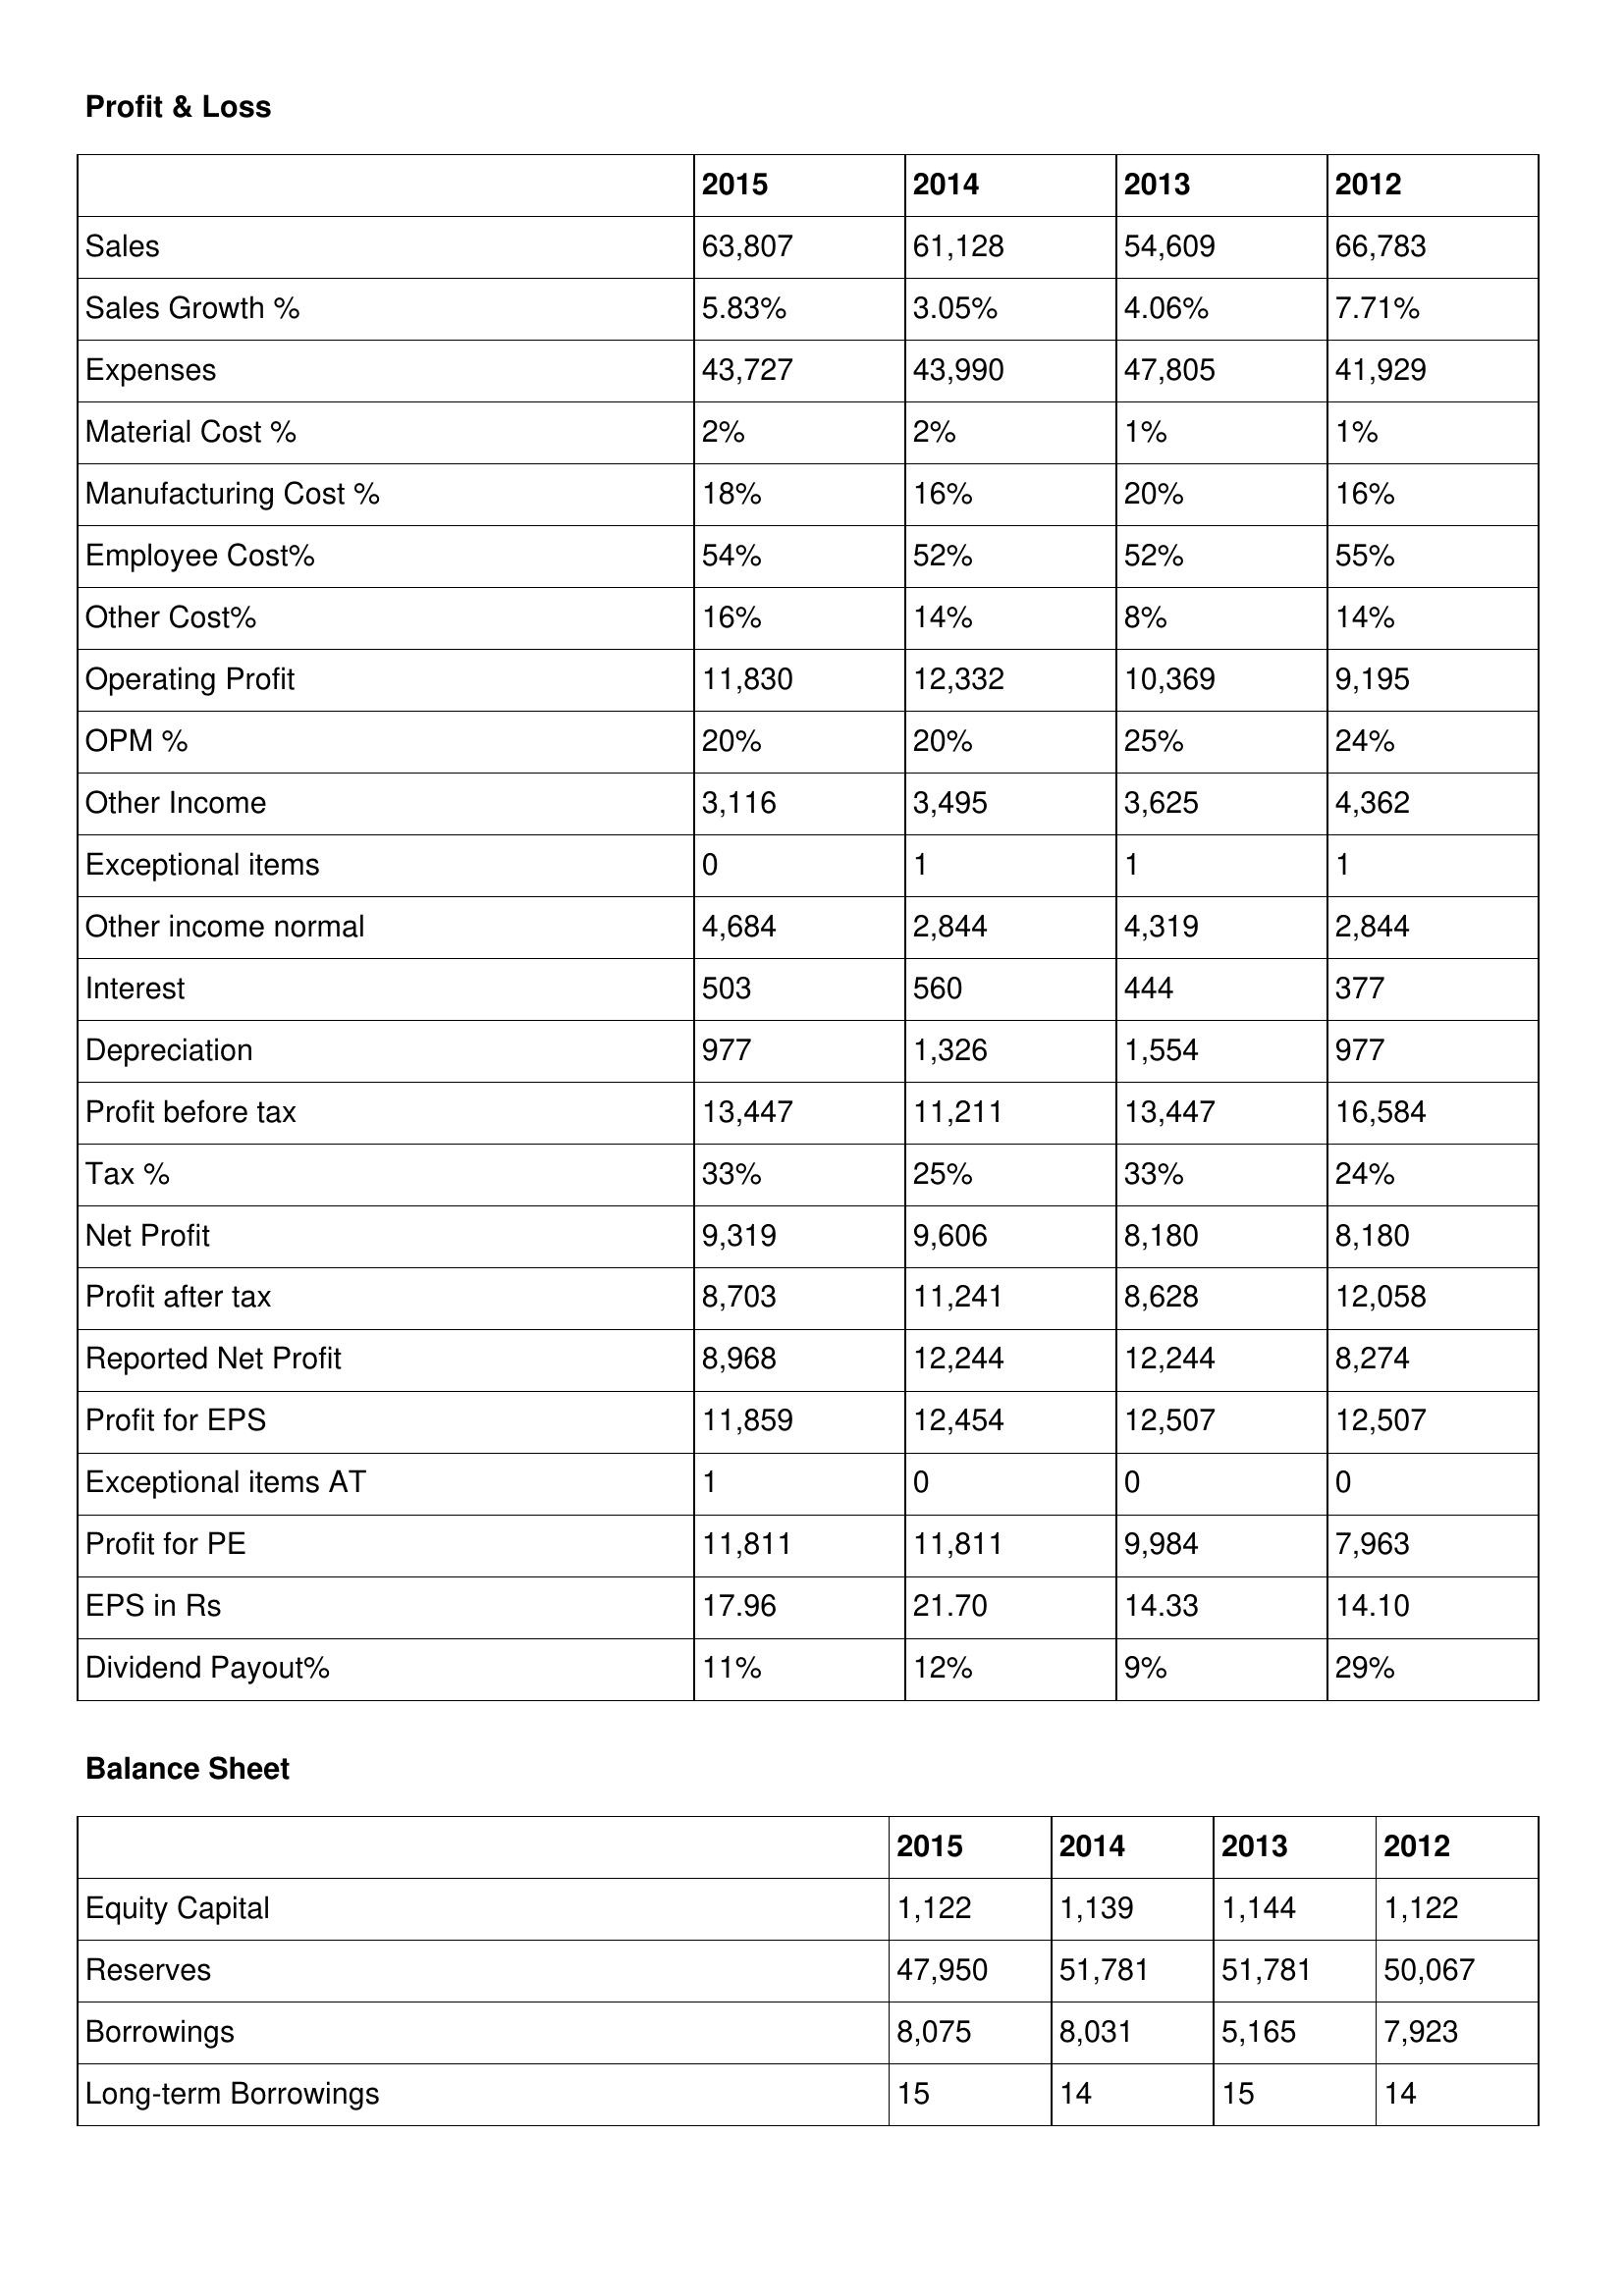
gt_parse: 2015: Profit & Loss: Sales: 63,807
Sales Growth %: 5.83%
Expenses: 43,727
Material Cost %: 2%
Manufacturing Cost %: 18%
Employee Cost%: 54%
Other Cost%: 16%
Operating Profit: 11,830
OPM %: 20%
Other Income: 3,116
Exceptional items: 0
Other income normal: 4,684
Interest: 503
Depreciation: 977
Profit before tax: 13,447
Tax %: 33%
Net Profit: 9,319
Profit after tax: 8,703
Reported Net Profit: 8,968
Profit for EPS: 11,859
Exceptional items AT: 1
Profit for PE: 11,811
EPS in Rs: 17.96
Dividend Payout%: 11%
Balance Sheet: Equity Capital: 1,122
Reserves: 47,950
Borrowings: 8,075
Long-term Borrowings: 15
2014: Profit & Loss: Sales: 61,128
Sales Growth %: 3.05%
Expenses: 43,990
Material Cost %: 2%
Manufacturing Cost %: 16%
Employee Cost%: 52%
Other Cost%: 14%
Operating Profit: 12,332
OPM %: 20%
Other Income: 3,495
Exceptional items: 1
Other income normal: 2,844
Interest: 560
Depreciation: 1,326
Profit before tax: 11,211
Tax %: 25%
Net Profit: 9,606
Profit after tax: 11,241
Reported Net Profit: 12,244
Profit for EPS: 12,454
Exceptional items AT: 0
Profit for PE: 11,811
EPS in Rs: 21.70
Dividend Payout%: 12%
Balance Sheet: Equity Capital: 1,139
Reserves: 51,781
Borrowings: 8,031
Long-term Borrowings: 14
2013: Profit & Loss: Sales: 54,609
Sales Growth %: 4.06%
Expenses: 47,805
Material Cost %: 1%
Manufacturing Cost %: 20%
Employee Cost%: 52%
Other Cost%: 8%
Operating Profit: 10,369
OPM %: 25%
Other Income: 3,625
Exceptional items: 1
Other income normal: 4,319
Interest: 444
Depreciation: 1,554
Profit before tax: 13,447
Tax %: 33%
Net Profit: 8,180
Profit after tax: 8,628
Reported Net Profit: 12,244
Profit for EPS: 12,507
Exceptional items AT: 0
Profit for PE: 9,984
EPS in Rs: 14.33
Dividend Payout%: 9%
Balance Sheet: Equity Capital: 1,144
Reserves: 51,781
Borrowings: 5,165
Long-term Borrowings: 15
2012: Profit & Loss: Sales: 66,783
Sales Growth %: 7.71%
Expenses: 41,929
Material Cost %: 1%
Manufacturing Cost %: 16%
Employee Cost%: 55%
Other Cost%: 14%
Operating Profit: 9,195
OPM %: 24%
Other Income: 4,362
Exceptional items: 1
Other income normal: 2,844
Interest: 377
Depreciation: 977
Profit before tax: 16,584
Tax %: 24%
Net Profit: 8,180
Profit after tax: 12,058
Reported Net Profit: 8,274
Profit for EPS: 12,507
Exceptional items AT: 0
Profit for PE: 7,963
EPS in Rs: 14.10
Dividend Payout%: 29%
Balance Sheet: Equity Capital: 1,122
Reserves: 50,067
Borrowings: 7,923
Long-term Borrowings: 14